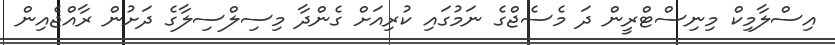
އިސްލާމިކް މިނިސްޓްރީން ދަ މެސެޖްގެ ނަމުގައި ކުރިއަށް ގެންދާ މިސިލްސިލާގެ ދަށުން ރާއްޖެއިން